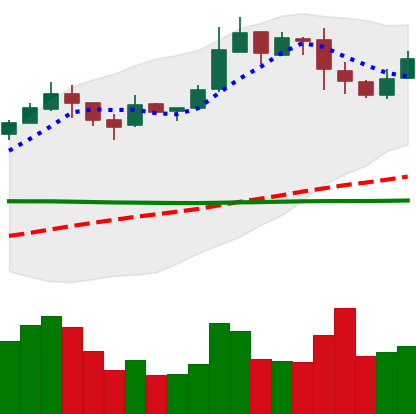
Ticker: BNB-USD
Chart end date: 2019-02-28
Forward return: 33.254%
Label: up_7plus